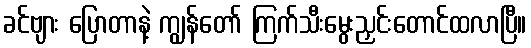
ခင်ဗျား ပြောတာနဲ့ ကျွန်တော် ကြက်သီးမွေးညှင်းတောင်ထလာပြီ။